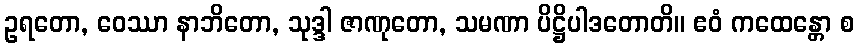
ဥရတော, ဝေဿာ နာဘိတော, သုဒ္ဒါ ဇာဏုတော, သမဏာ ပိဋ္ဌိပါဒတောတိ။ ဧဝံ ကထေန္တော စ